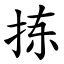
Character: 拣